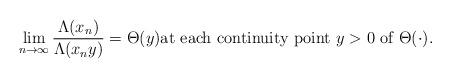
LaTeX: \begin{align*}\lim_{n \to \infty} \frac{\Lambda(x_n)}{\Lambda(x_n y)} = \Theta(y) \text{at each continuity point $y>0$ of $\Theta(\cdot)$}.\end{align*}